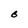
Character: B